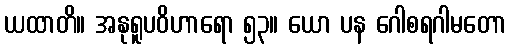
ယထာတိ။ အနုရူပဝိဟာရော ၅၃။ ယော ပန ဂေါစရဂါမတော